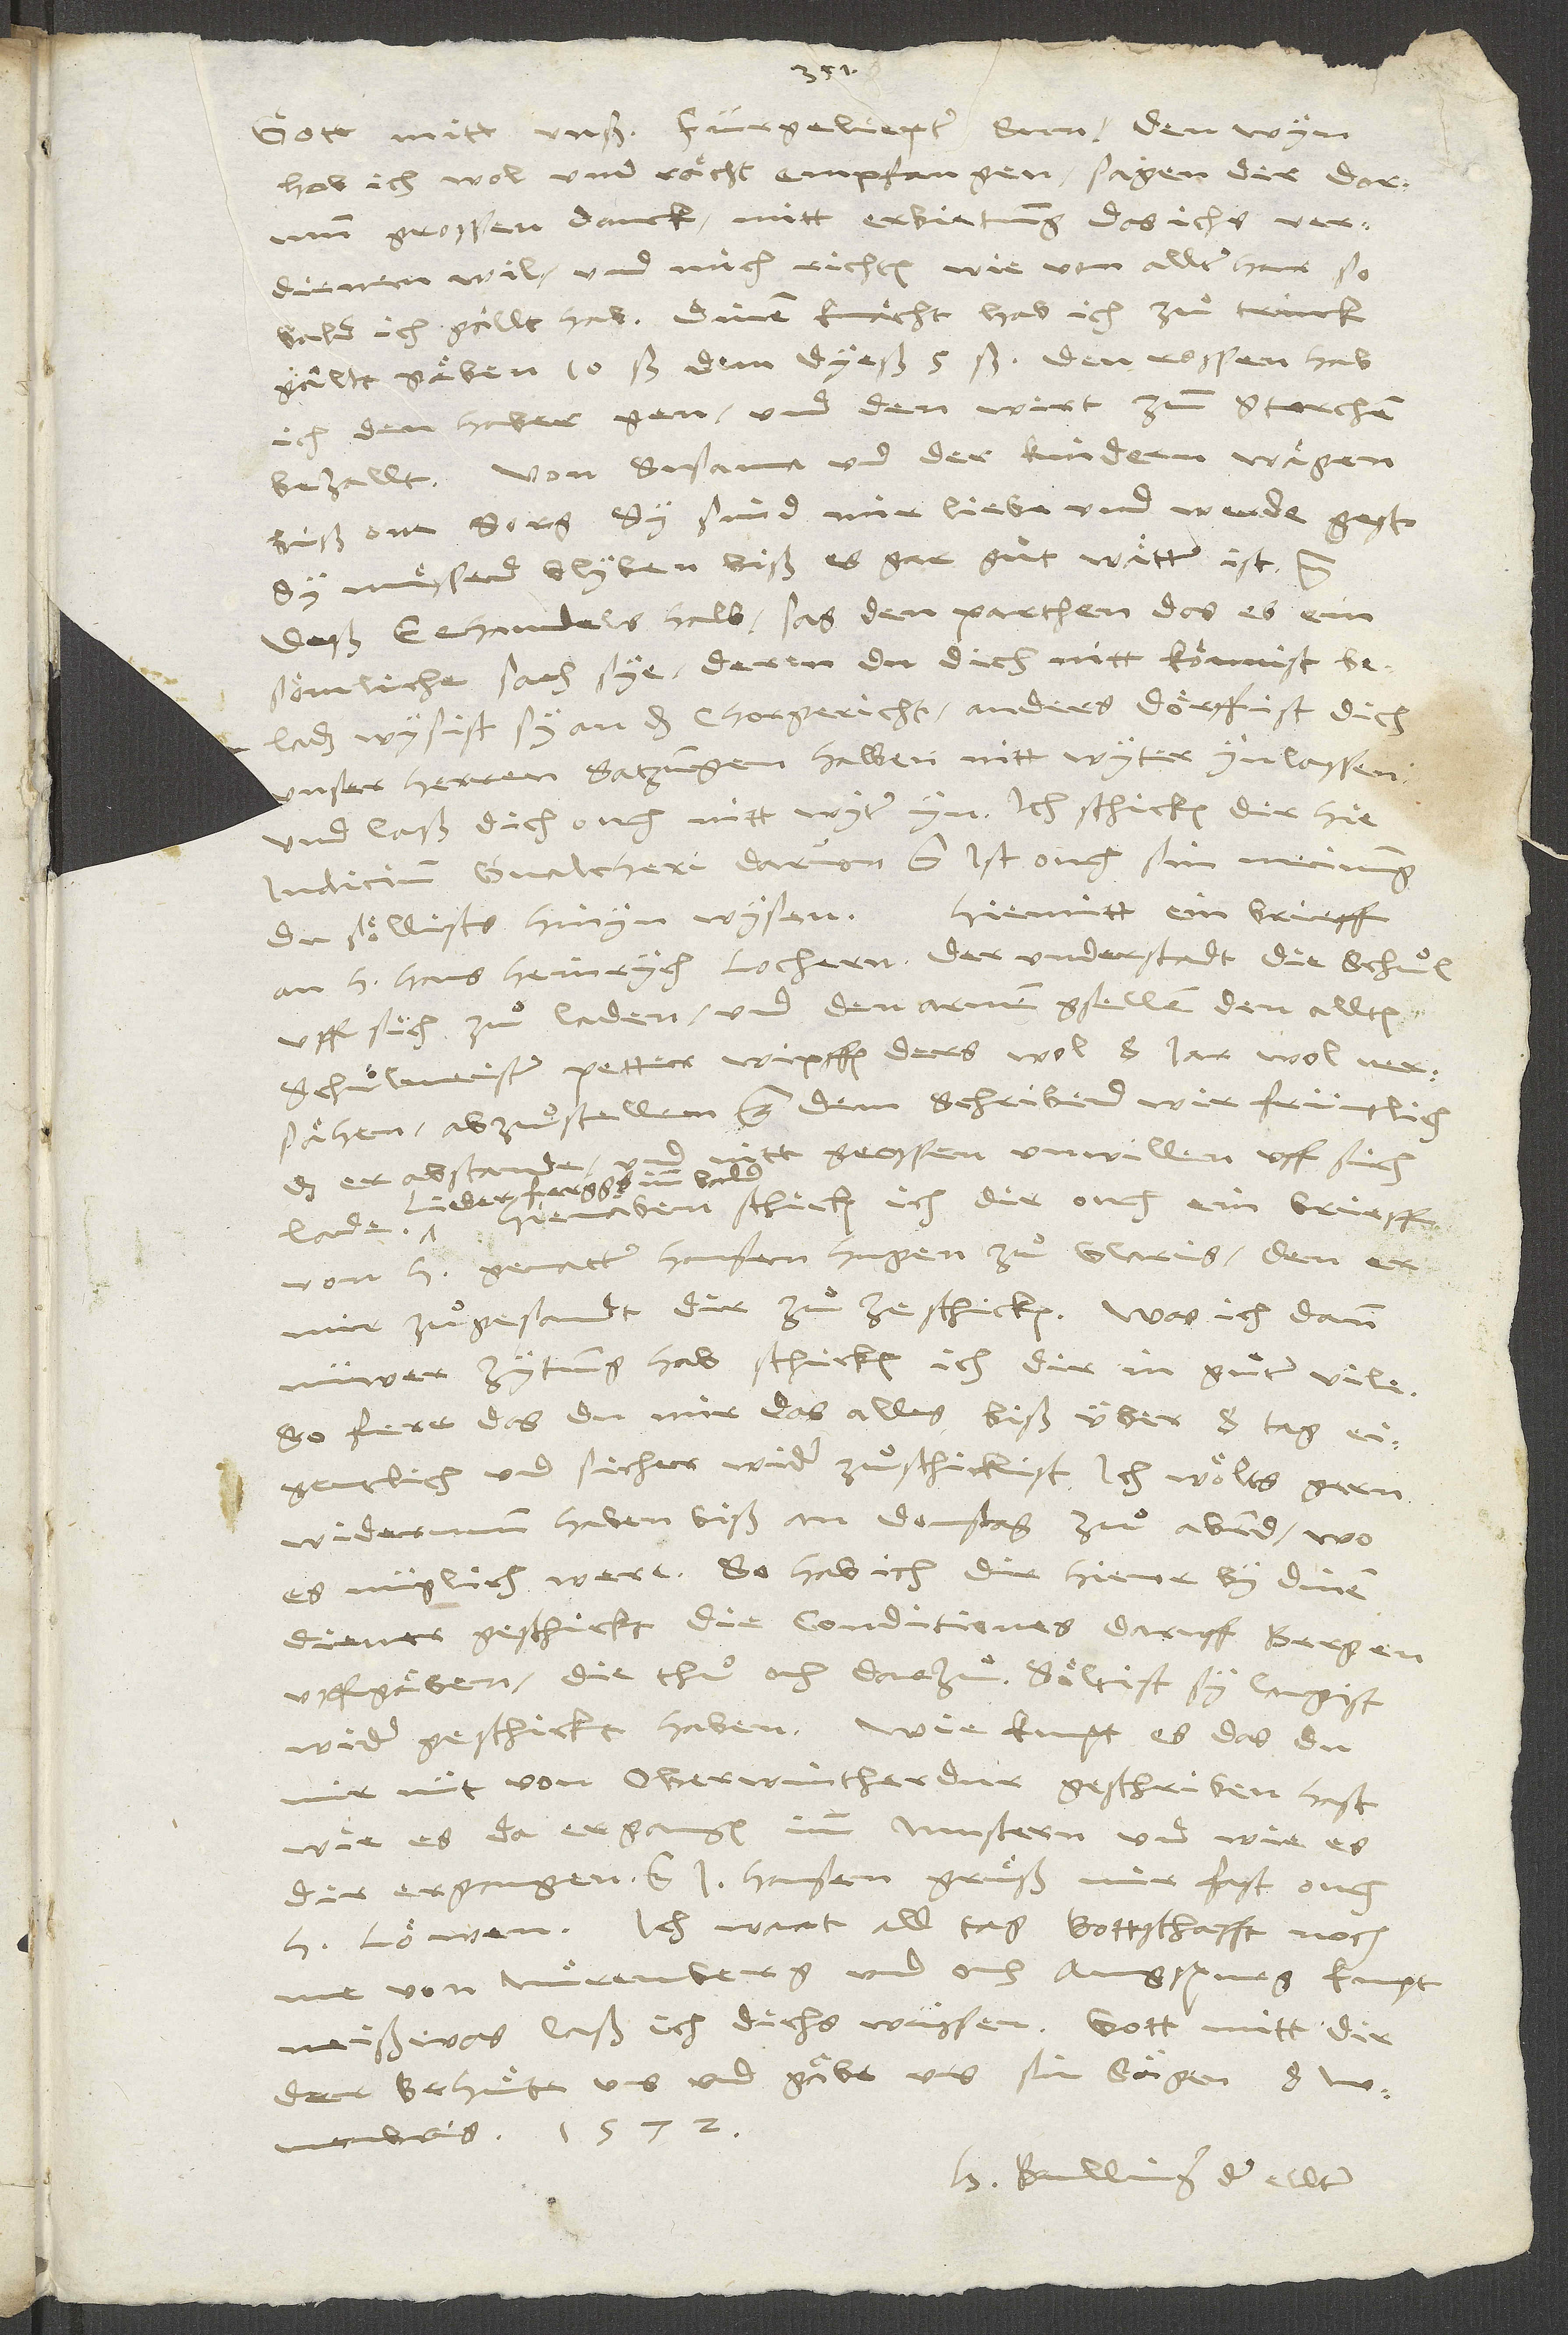
Gott mitt unß, fürgeliepter sun, den win
hab ich wol und rächt empfangen, sagen dir darumb
grossen danck mitt erbietung, das ichs verdienen
wil und mich richten wie von allterhar, so
bald ich gällt hab. Dinem knächt hab ich zuͦ trinckgält
ich den haber gen und den wirt zum Storchen
biß one sorg; sy sind mir liebe und werde gest,
sy muͤsend blyben, biß es gar guͦt wätter ist etc.
Deß eehandels halb sag den parthen, das es ain
sömliche sach sye, deren du dich nitt könnist beladen,
wysist sy an das chorgericht, anders dörfist dich
unser herren satzungen halben nitt wyter ynlassen,
und laß dich ouch nitt wyter yn. Ich schicken dir hie
iudicium Gvaltheri darvon etc. ist ouch sin meinung,
Hiemitt ein brieff
du söllists hinyn wysen.
an h. Hans Heinrych Lochern, der understadt die schuͦl
uff sich zuͦ laden und den armen gsellen den allten
schuͦlmeister Peter Wipffen, ders wol 8 jar wol
versähen, abzuͦstellen etc. Dem schribend wir früntlich,
grossen unwillen uff sich
das er abstande und
Lieber, ferggs imm bald.
Hienäben schicken ich dir ouch ein brieff
von h. gevatter Hansen Hugen zuͦ Glaris, den er
mir zuͦgesandt dir zuͦzeschicken. Was ich dann
nüwer zytung hab, schicken ich dir in guͦter vile,
so ferr das du mir das alles biß über 8 tag
eigentlicher und sicher wider zuͦschickist; ich wölts gern
widerumb haben biß an donstag zuͦ abend, wo
es müglich were. So hab ich dir hievor by dinem
diener geschickt die conditiones, daruff Bergen
uffgäben; die thuͦ ouch darzuͦ; söltist sy langist
wider geschickt haben. Wie kumpt es, das du
mir nit von Oberwintherdur geschriben hast,
dir ergangen etc. J. Hansen gruͤß mir fast, ouch
Löwen. Ich wart all tag bottschafft noch
me von Nuͤrenberg und ouch Augspurg; kumpt
neiß was, laß ich dichs wüssen. Gott mitt dir;
H Bullinger der ellter.